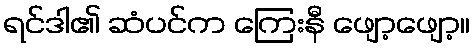
ရင်ဒါ၏ ဆံပင်က ကြေးနီ ဖျော့ဖျော့။